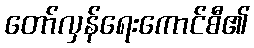
တော်လှန်ရေးကောင်စီ၏